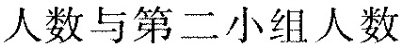
人数与第二小组人数